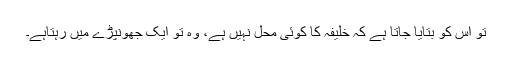
تو اس کو بتایا جاتا ہے کہ خلیفہ کا کوئی محل نہیں ہے، وہ تو ایک جھونپڑے میں رہتاہے۔